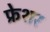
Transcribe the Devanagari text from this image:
फ्रेशर